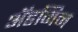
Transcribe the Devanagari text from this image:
ॲडमिन